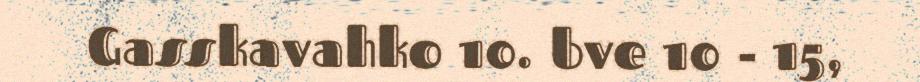
Gasskavahko 10. bve 10 - 15,